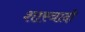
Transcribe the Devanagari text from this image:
शास्त्रादी